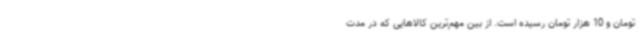
تومان و 10 هزار تومان رسیده است. از بین مهم‌ترین کالاهایی که در مدت